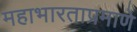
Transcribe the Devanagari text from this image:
महाभारताप्रमाणे